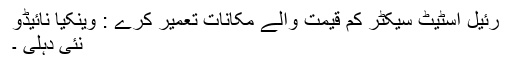
رئیل اسٹیٹ سیکٹر کم قیمت والے مکانات تعمیر کرے : وینکیا نائیڈو
نئی دہلی ۔